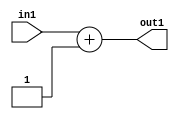
`timescale 1ps / 1ps
/*****************************************************************************
    Verilog RTL Description
    
    
    Created by: Stratus DpOpt 21.05.01 
*******************************************************************************/

module Filter_Add_6U_3_4 (
	in1,
	out1
	); /* architecture "behavioural" */ 
input [5:0] in1;
output [5:0] out1;
wire [5:0] asc001;

assign asc001 = 
	+(in1)
	+(6'B000001);

assign out1 = asc001;
endmodule

/* CADENCE  urjySQs= : u9/ySxbfrwZIxEzHVQQV8Q== ** DO NOT EDIT THIS LINE ******/